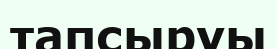
тапсыруы